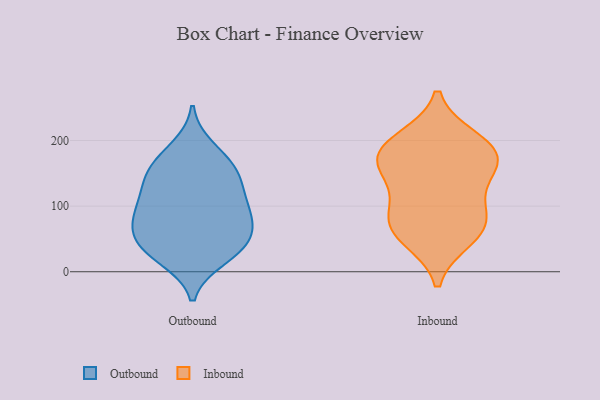
{"axis": {"x": "Shipments", "y": "Value"}, "legend": ["Inbound", "Outbound"], "data": [{"x": "", "y": 168, "type": "Outbound"}, {"x": "", "y": 59, "type": "Outbound"}, {"x": "", "y": 161, "type": "Outbound"}, {"x": "", "y": 97, "type": "Outbound"}, {"x": "", "y": 62, "type": "Outbound"}, {"x": "", "y": 94, "type": "Outbound"}, {"x": "", "y": 25, "type": "Outbound"}, {"x": "", "y": 44, "type": "Outbound"}, {"x": "", "y": 144, "type": "Outbound"}, {"x": "", "y": 34, "type": "Outbound"}, {"x": "", "y": 20, "type": "Outbound"}, {"x": "", "y": 136, "type": "Outbound"}, {"x": "", "y": 60, "type": "Outbound"}, {"x": "", "y": 94, "type": "Outbound"}, {"x": "", "y": 138, "type": "Outbound"}, {"x": "", "y": 189, "type": "Outbound"}, {"x": "", "y": 97, "type": "Outbound"}, {"x": "", "y": 160, "type": "Inbound"}, {"x": "", "y": 88, "type": "Inbound"}, {"x": "", "y": 130, "type": "Inbound"}, {"x": "", "y": 200, "type": "Inbound"}, {"x": "", "y": 70, "type": "Inbound"}, {"x": "", "y": 184, "type": "Inbound"}, {"x": "", "y": 169, "type": "Inbound"}, {"x": "", "y": 71, "type": "Inbound"}, {"x": "", "y": 183, "type": "Inbound"}, {"x": "", "y": 52, "type": "Inbound"}]}